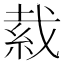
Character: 𦀂